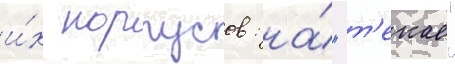
и́х корпусов: на́ "т'екае"